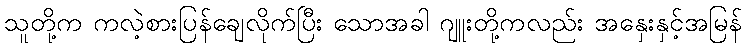
သူတို့က ကလဲ့စားပြန်ချေလိုက်ပြီး သောအခါ ဂျူးတို့ကလည်း အနှေးနှင့်အမြန်